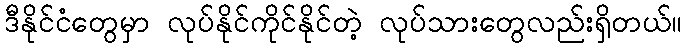
ဒီနိုင်ငံတွေမှာ လုပ်နိုင်ကိုင်နိုင်တဲ့ လုပ်သားတွေလည်းရှိတယ်။